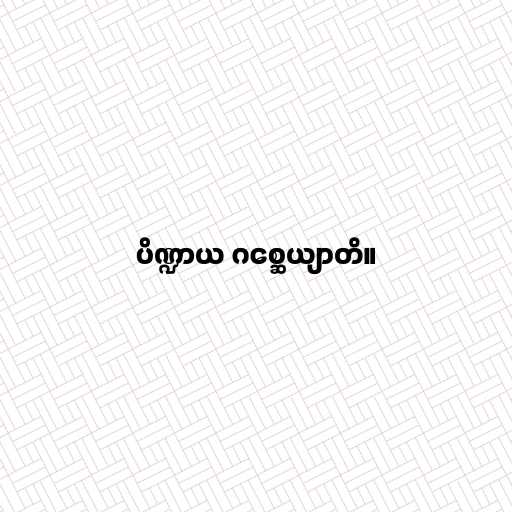
ပိဏ္ဍာယ ဂစ္ဆေယျာတိ။